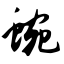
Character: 蜿